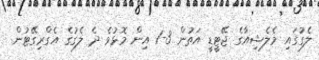
ލެގުގައި މެލެޝިއާގެ ޖޭޓީޑީ އަތުން 3-1 އިން މޮޅުވެ ދެ ލެގުގެ އެގްރިގޭޓުން